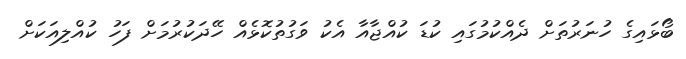
ބޯޅައިގެ ހުނަރުތަށް ދެއްކުމުގައި ކުޑަ ކުއްޖާއާ އެކު ވަގުތުކޮޅެއް ހޭދަކުރުމަށް ފަހު ކުއްލިއަކަށް